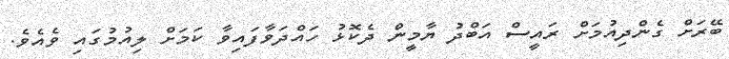
ބޭރަށް ގެންދިއުމަށް ރައީސް އަބްދު ޔާމީން ދެކޮޅު ހައްދަވާފައިވާ ކަމަށް ލިއުމުގައި ވެއެވެ.